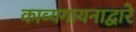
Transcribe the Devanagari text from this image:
काव्यगायनाद्वारे